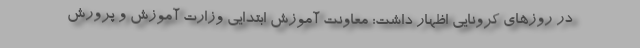
در روزهای کرونایی اظهار داشت: معاونت آموزش ابتدایی وزارت آموزش و پرورش